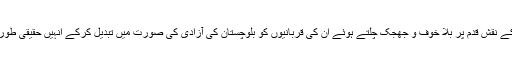
اب ضرورت اس امر کی ہے کہ ہم اپنے رہنماوں کے نقش قدم پر بلا خوف و جھجک چلتے ہوئے ان کی قربانیوں کو بلوچستان کی آزادی کی صورت میں تبدیل کرکے انہیں حقیقی طور پر خراج تحسین پیش کرنے کے مستحق بن سکیں۔